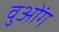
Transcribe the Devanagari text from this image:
वुओंग